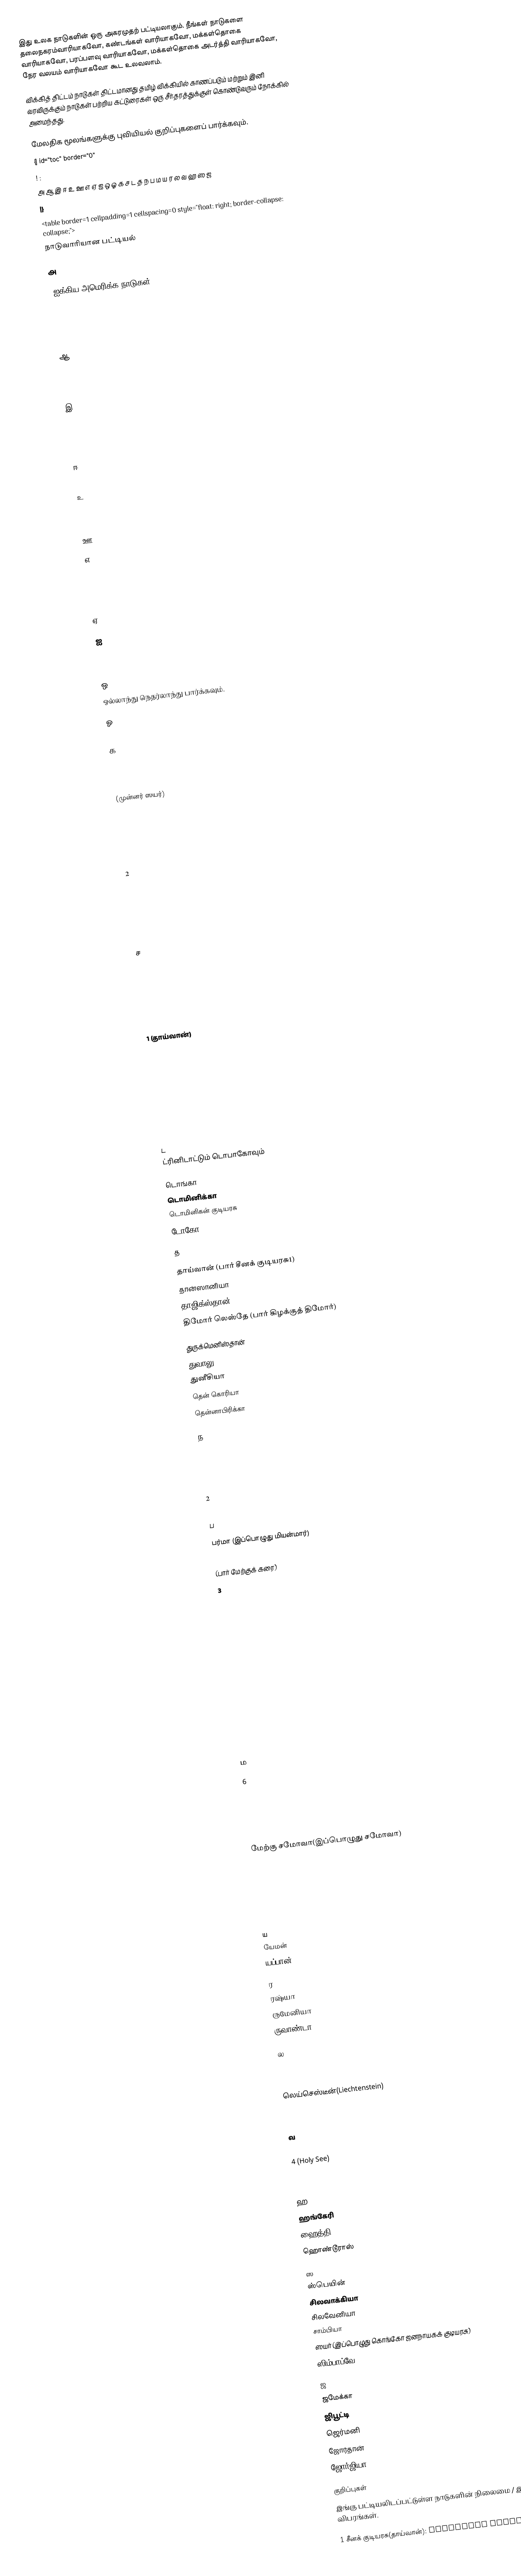
இது உலக நாடுகளின் ஒரு அகரமுதற் பட்டியலாகும். நீங்கள் நாடுகளை தலைநகரம்வாரியாகவோ, கண்டங்கள் வாரியாகவோ, மக்கள்தொகை வாரியாகவோ, பரப்பளவு வாரியாகவோ, மக்கள்தொகை அடர்த்தி வாரியாகவோ, நேர வலயம் வாரியாகவோ கூட உலவலாம்.

விக்கித் திட்டம் நாடுகள் திட்டமானது தமிழ் விக்கியில் காணப்படும் மற்றும் இனி வரவிருக்கும் நாடுகள் பற்றிய கட்டுரைகள் ஒரு சீர்தரத்துக்குள் கொண்டுவரும் நோக்கில் அமைந்தது.

மேலதிக மூலங்களுக்கு புவியியல் குறிப்புகளைப் பார்க்கவும்.
{| id="toc" border="0"
! :
அ ஆ இ ஈ உ ஊ எ ஏ ஐ ஒ ஓ க ச ட த ந ப ம ய ர ல வ ஹ ஸ ஜ
|}
<table border=1 cellpadding=1 cellspacing=0 style="float: right; border-collapse: collapse;">
நாடுவாரியான பட்டியல்

அ

  (ஐக்கிய அமெரிக்க நாடுகள்)

 ஆ

 இ

 ஈ

 உ

 ஊ

எ

 ஏ

ஐ

 ஒ
 ஒல்லாந்து நெதர்லாந்து பார்க்கவும்.

 ஓ

 க

  (முன்னர் ஸயர்)

 2

 ச

 1 (தாய்வான்)

 ட
 ட்ரினிடாட்டும் டொபாகோவும்

 டொங்கா
 டொமினிக்கா
 டொமினிகன் குடியரசு
 டோகோ

 த

 தாய்வான் (பார் சீனக் குடியரசு1)
 தான்ஸானியா
 தாஜிக்ஸ்தான்
 திமோர் லெஸ்தே (பார் கிழக்குத் திமோர்)

 துருக்மெனிஸ்தான்
 துவாலு
 துனீசியா
 தென் கொரியா
 தென்னாபிரிக்கா

 ந

  2

 ப

 பர்மா (இப்பொழுது மியன்மார்)

  (பார் மேற்குக் கரை)
  3

 ம

 6

 மேற்கு சமோவா(இப்பொழுது சமோவா)
 5

 ய
 யேமன்
 யப்பான்

 ர
 ரஷ்யா
 ருமேனியா
 ருவாண்டா

 ல

 லெய்செஸ்டீன்(Liechtenstein)

 வ

  4 (Holy See)

 ஹ
 ஹங்கேரி
 ஹைத்தி
 ஹொண்டூராஸ்

 ஸ
 ஸ்பெயின்
 சிலவாக்கியா
 சிலவேனியா
 சாம்பியா
 ஸயர் (இப்பொழுது கொங்கோ ஜனநாயகக் குடியரசு)
 ஸிம்பாப்வே

 ஜ
 ஜமேக்கா
 ஜிபூட்டி
 ஜெர்மனி
 ஜோர்தான்
 ஜோர்ஜியா

குறிப்புகள்
இங்கு பட்டியலிடப்பட்டுள்ள நாடுகளின் நிலைமை / இறைமை பற்றிய விபரங்கள்.

 1 சீனக் குடியரசு(தாய்வான்): Political status of Taiwan